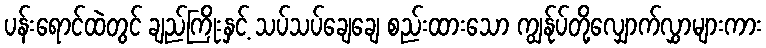
ပန်းရောင်ထဲတွင် ချည်ကြိုးနှင့် သပ်သပ်ချေချေ စည်းထားသော ကျွန်ုပ်တို့လျှောက်လွှာများကား